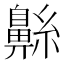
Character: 𮮷